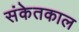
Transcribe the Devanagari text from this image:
संकेतकाल